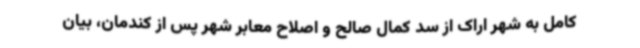
کامل به شهر اراک از سد کمال صالح و اصلاح معابر شهر پس از کندمان، بیان